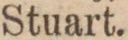
Stuart.